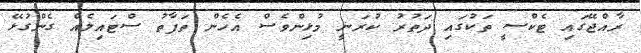
ރާއްޖޭގައި ޓެކްސީ ތަކުގައި ދަތުރު ކުރަނީ މުޅިންވެސް އެހެން ތަފާތު ސްޓައިލެއް ގެންގުޅޭ